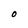
Character: O